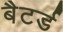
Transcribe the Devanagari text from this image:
बैटर्ड